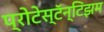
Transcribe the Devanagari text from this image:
प्रोटेस्टॅन्टिझम